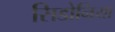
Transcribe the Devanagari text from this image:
सिडोनिया